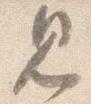
見